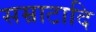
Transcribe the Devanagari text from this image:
सम्राटादि